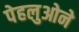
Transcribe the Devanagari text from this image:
पेहलुओने